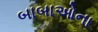
બાબાઓના